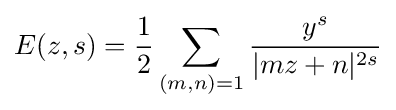
E(z,s)={1 \over 2}\sum _{(m,n)=1}{y^{s} \over |mz+n|^{2s}}